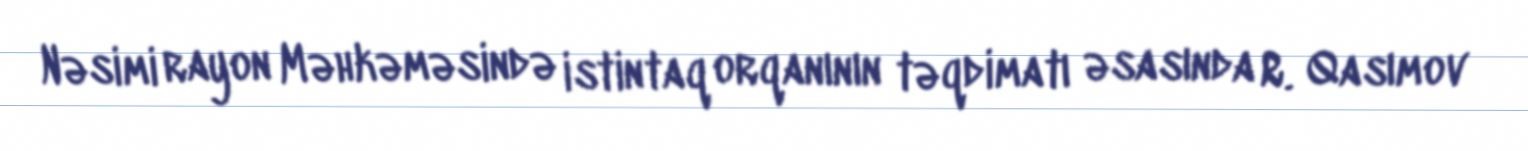
Nəsimi rayon Məhkəməsində istintaq orqanının təqdimatı əsasında R. Qasımov